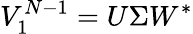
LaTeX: V_{1}^{N-1}=U\Sigma W^{*}